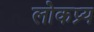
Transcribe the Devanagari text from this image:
लोकप्र्य